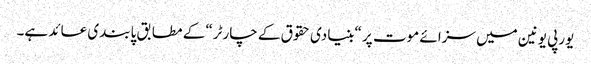
یورپی یونین میں سزائے موت پر “بنیادی حقوق کے چارٹر“ کے مطابق پابندی عائد ہے۔